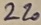
Text: 220